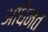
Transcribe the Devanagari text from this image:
अधिमत